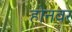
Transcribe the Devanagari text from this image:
होनवर